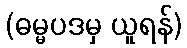
(ဓမ္မပဒမှ ယူရန်)